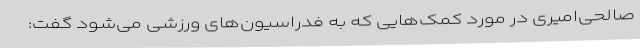
صالحی‌امیری در مورد کمک‌هایی که به فدراسیون‌های ورزشی می‌شود گفت: